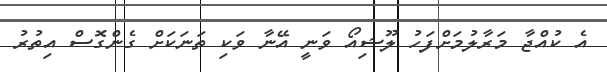
އެ ކުއްޖާ މަރާލުމަށްފަހު ލޫޝިއޯ ވަނީ އޭނާ ވަކި ތަނަކަށް ގެންގޮސް އިތުރު